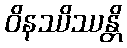
ဝိနဿိဿန္တိ